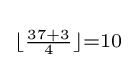
\scriptstyle \lfloor {\frac {37+3}{4}}\rfloor =10